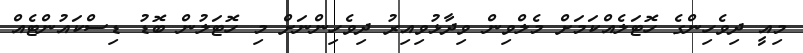
މިއީ ދިވެހިންގެ ހޮޓަލެއްކަމަށް މެލްވިން ވިދާޅުވިއިރު ދިވެހިންނަށް މި ހޮޓަލުން ބޮޑު ޑިސްކައުންޓެއް